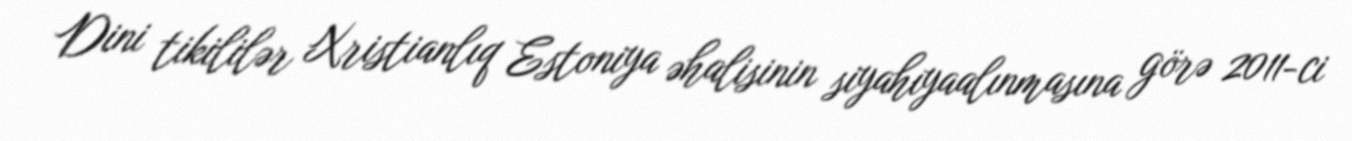
Dini tikililər Xristianlıq Estoniya əhalisinin siyahıyaalınmasına görə 2011-ci